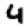
Digit: 4